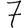
Digit: 7